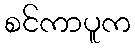
စင်ကာပူက